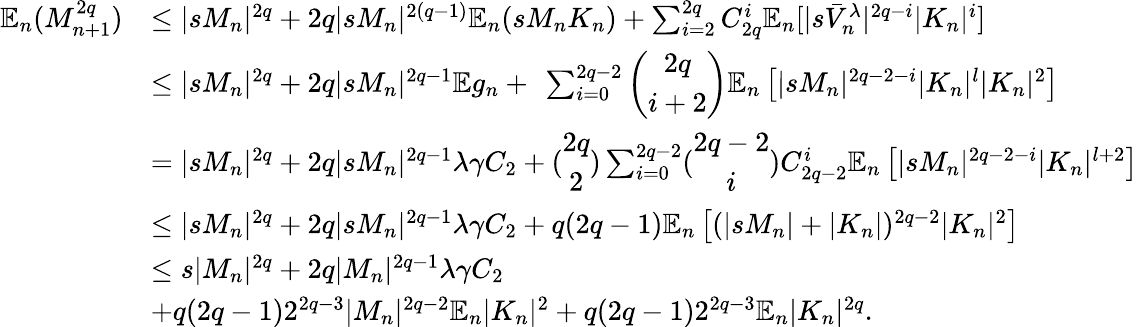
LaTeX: \begin{array}{rl}{\mathbb{E}_{n}(M_{n+1}^{2q})}&{\leq|sM_{n}|^{2q}+2q|sM_{n}|^{2(q-1)}\mathbb{E}_{n}(sM_{n}K_{n})+\sum_{i=2}^{2q}C_{2q}^{i}\mathbb{E}_{n}[|s\bar{V}_{n}^{\lambda}|^{2q-i}|K_{n}|^{i}]}\\ &{\leq|sM_{n}|^{2q}+2q|sM_{n}|^{2q-1}\mathbb{E}g_{n}+\ \sum_{i=0}^{2q-2}\left(\begin{array}{c}{2q}\\ {i+2}\end{array}\right)\mathbb{E}_{n}\left[|sM_{n}|^{2q-2-i}|K_{n}|^{l}|K_{n}|^{2}\right]}\\ &{=|sM_{n}|^{2q}+2q|sM_{n}|^{2q-1}\lambda\gamma C_{2}+(\begin{array}{c}{2q}\\ {2}\end{array})\sum_{i=0}^{2q-2}(\begin{array}{c}{2q-2}\\ {i}\end{array})C_{2q-2}^{i}\mathbb{E}_{n}\left[|sM_{n}|^{2q-2-i}|K_{n}|^{l+2}\right]}\\ &{\leq|sM_{n}|^{2q}+2q|sM_{n}|^{2q-1}\lambda\gamma C_{2}+q(2q-1)\mathbb{E}_{n}\left[(|sM_{n}|+|K_{n}|)^{2q-2}|K_{n}|^{2}\right]}\\ &{\leq s|M_{n}|^{2q}+2q|M_{n}|^{2q-1}\lambda\gamma C_{2}}\\ &{+q(2q-1)2^{2q-3}|M_{n}|^{2q-2}\mathbb{E}_{n}|K_{n}|^{2}+q(2q-1)2^{2q-3}\mathbb{E}_{n}|K_{n}|^{2q}.}\end{array}